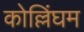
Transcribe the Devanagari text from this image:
कोल्लिंघम